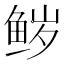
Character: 𮬝